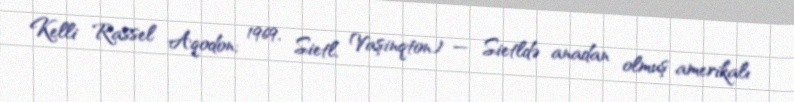
Kelli Rassel Aqodon; 1969, Sietl, Vaşinqton) — Sietldə anadan olmuş amerikalı